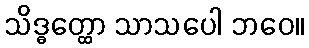
သိဒ္ဓတ္ထော သာသပေါ ဘဝေ။